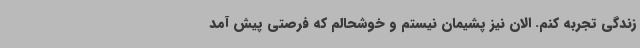
زندگی تجربه کنم. الان نیز پشیمان نیستم و خوشحالم که فرصتی پیش آمد